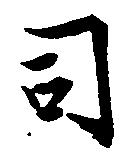
司